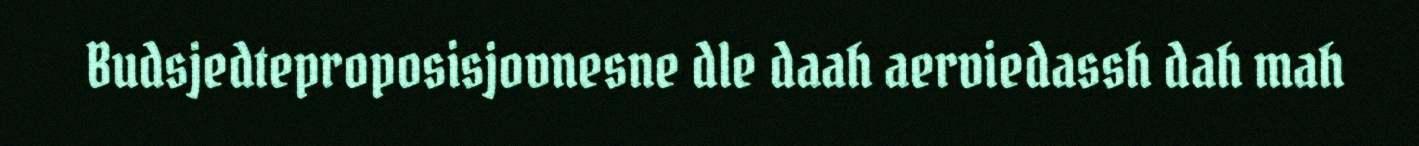
Budsjedteproposisjovnesne dle daah aerviedassh dah mah